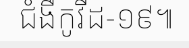
ជំងឺកូវីដ-១៩៕